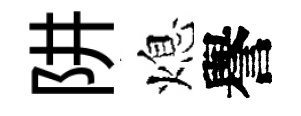
阱熄譽